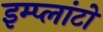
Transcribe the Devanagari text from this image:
इम्प्लांटों